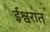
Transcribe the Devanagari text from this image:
ईश्वरात